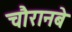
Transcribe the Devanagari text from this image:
चौरानबे